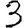
Digit: 3